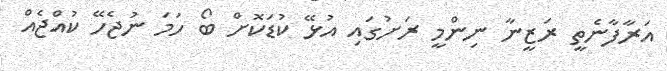
އަރާފާނެތީ ރަޒީނާ ނިންމީ ރަށުގައި އުޅޭ ކުޑަކޮށް ބޯ ހަމަ ނުޖެހޭ ކުއްޖެއް